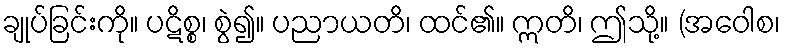
ချုပ်ခြင်းကို။ ပဋိစ္စ၊ စွဲ၍။ ပညာယတိ၊ ထင်၏။ ဣတိ၊ ဤသို့။ (အဝေါစ၊